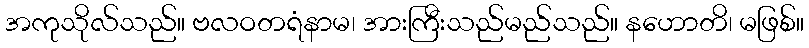
အကုသိုလ်သည်။ ဗလဝတရံနာမ၊ အားကြီးသည်မည်သည်။ နဟောတိ၊ မဖြစ်။